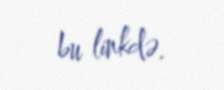
bu linkdə.